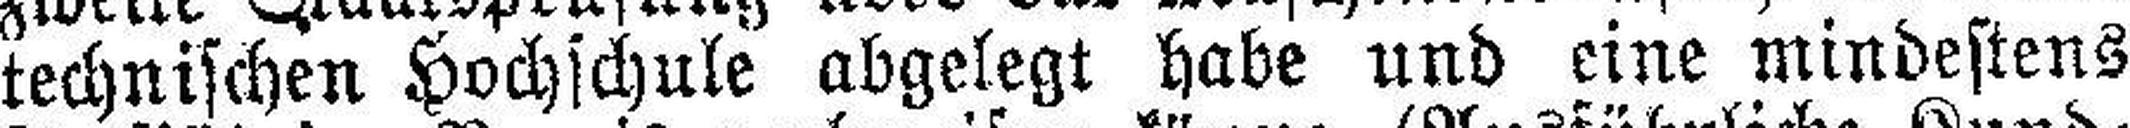
technischen Hochschule abgelegt habe und eine mindestens